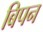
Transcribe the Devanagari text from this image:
बिपन